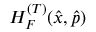
H _ { F } ^ { ( T ) } ( \hat { x } , \hat { p } )